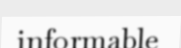
informable